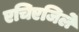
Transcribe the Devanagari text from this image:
एचिएजिले